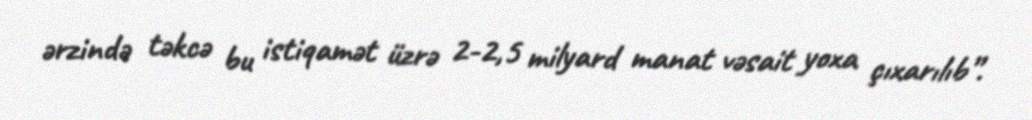
ərzində təkcə bu istiqamət üzrə 2-2,5 milyard manat vəsait yoxa çıxarılıb”.